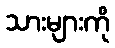
သားများကို